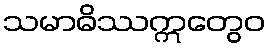
သမာဓိဿဣတွေဝ